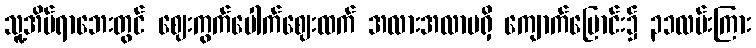
သူ့အိပ်ရာဘေးတွင် ဈေးကွက်ပေါက်ဈေးထက် အလားအလာမရှိ ကျောက်မြောင်း၌ ၃၁လမ်းကြား